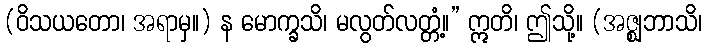
(ဝိသယတော၊ အရာမှ။) န မောက္ခသိ၊ မလွတ်လတ္တံ့။” ဣတိ၊ ဤသို့။ (အဇ္ဈဘာသိ၊